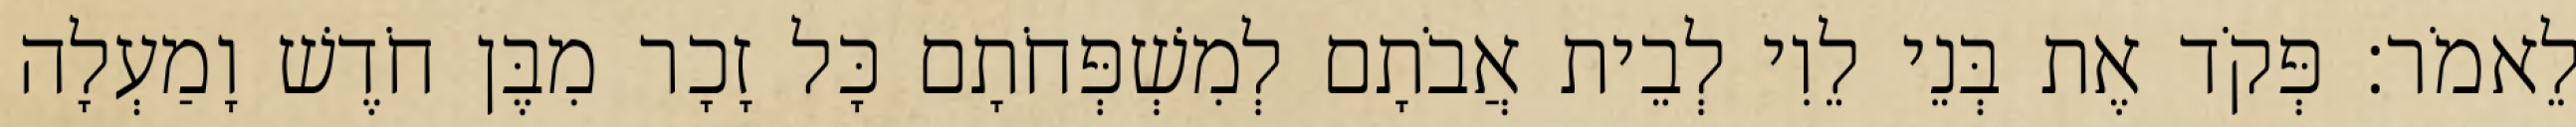
לֵאמֹר׃ פְּקֹד אֶת בְּנֵי לֵוִי לְבֵית אֲבֹתָם לְמִשְׁפְּחֹתָם כָּל זָכָר מִבֶּן חֹדֶשׁ וָמַעְלָה